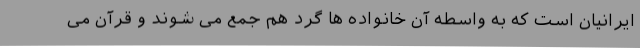
ایرانیان است که به واسطه آن خانواده ها گرد هم جمع می شوند و قرآن می